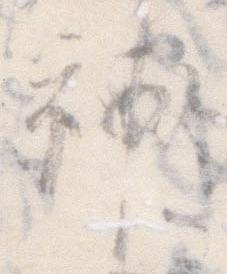
補